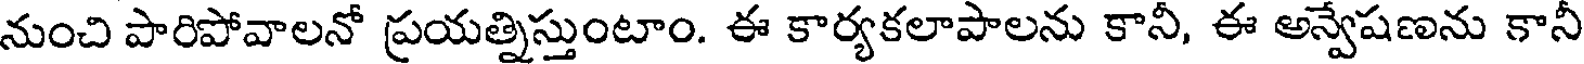
నుంచి పారిపోవాలనో ప్రయత్నిస్తుంటాం. ఈ కార్యకలాపాలను కానీ, ఈ అన్వేషణను కానీ